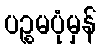
ပဉ္စမပုံမှန်